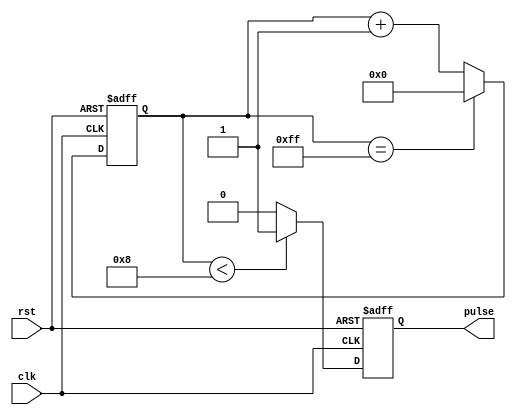
module SimplePulseGenerator (
    input wire clk,
    input wire rst,
    output reg pulse
);

reg [31:0] count;
reg [31:0] pulse_width = 16'b1000; // Set pulse width to 8 cycles
reg [31:0] pulse_period = 32'b100000000; // Set pulse period to 256 cycles

always @ (posedge clk or posedge rst) begin
    if (rst) begin
        count <= 0;
        pulse <= 0;
    end else begin
        if (count < pulse_width) begin
            pulse <= 1;
        end else begin
            pulse <= 0;
        end
        
        if (count == pulse_period - 1) begin
            count <= 0;
        end else begin
            count <= count + 1;
        end
    end
end

endmodule